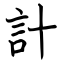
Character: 計